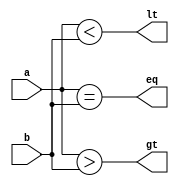
module Magnitude_Comparator(
    input [7:0] a,
    input [7:0] b,
    output gt,
    output lt,
    output eq
);

    assign gt = (a > b);
    assign lt = (a < b);
    assign eq = (a == b);

endmodule